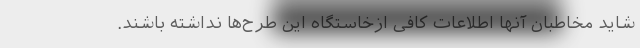
شاید مخاطبان آنها اطلاعات کافی ازخاستگاه این طرح‌ها نداشته باشند.